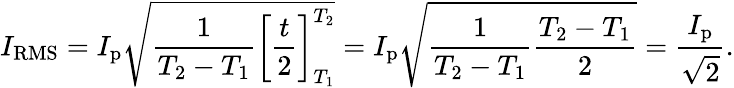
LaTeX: I_{\mathrm{RMS}}=I_{\mathrm{p}}{\sqrt{{\frac{1}{T_{2}-T_{1}}}\left[{\frac{t}{2}}\right]_{T_{1}}^{T_{2}}}}=I_{\mathrm{p}}{\sqrt{{\frac{1}{T_{2}-T_{1}}}{\frac{T_{2}-T_{1}}{2}}}}={\frac{I_{\mathrm{p}}}{\sqrt{2}}}.